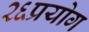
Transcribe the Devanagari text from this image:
२६प्रयोग